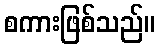
စကားဖြစ်သည်။